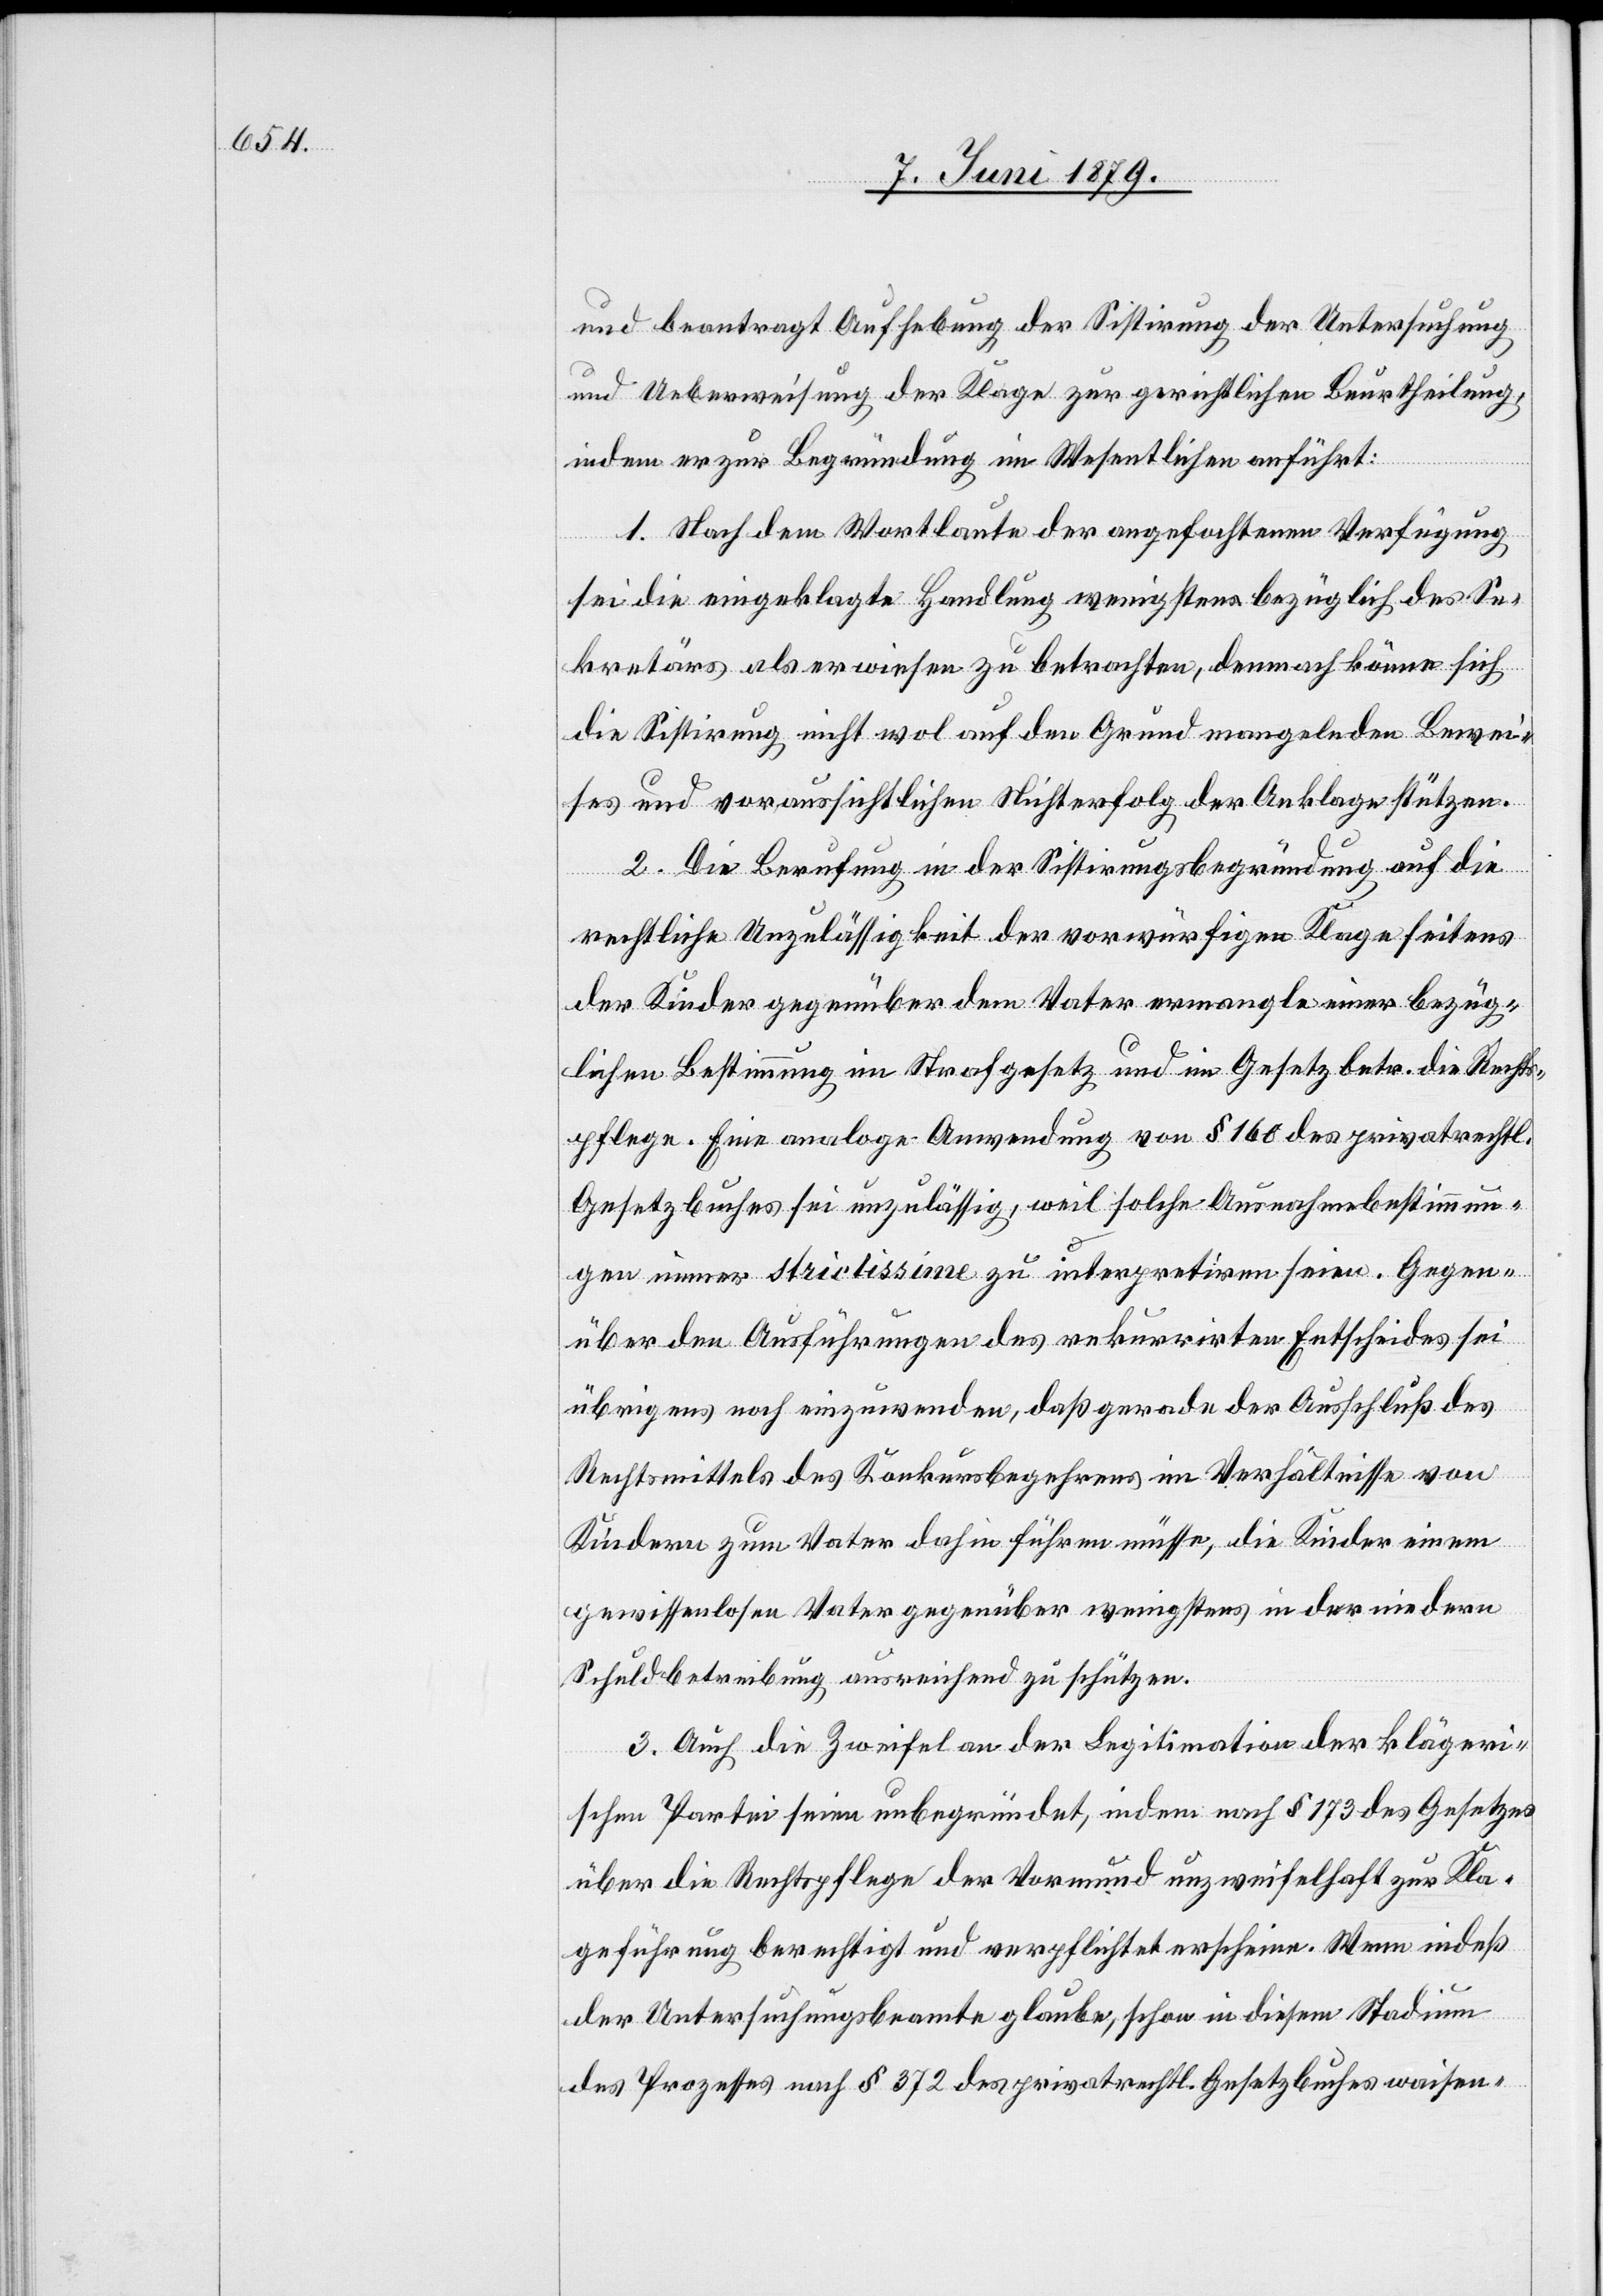
und beantragt Aufhebung der Sistirung der Untersuchung
und Ueberweisung der Klage zur gerichtlichen Beurtheilung,
indem er zur Begründung im Wesentlichen anführt:
1. Nach dem Wortlaute der angefochtenen Verfügung
sei die eingeklagte Handlung wenigstens bezüglich des Se¬
kretärs als erwiesen zu betrachten, demnach könne sich
die Sistirung nicht wol auf den Grund mangelnden Bewei¬
ses und voraussichtlichen Nichterfolg der Anklage stützen.
2. Die Berufung in der Sistirungsbegründung auf die
rechtliche Unzulässigkeit der vorwürfigen Klage seitens
der Kinder gegenüber dem Vater ermangle einer bezüg¬
lichen Bestimmung im Strafgesetz und im Gesetz betr. die Rechts¬
pflege. Eine analoge Anwendung von § 160 des privatrechtl.
Gesetzbuches sei unzulässig, weil solche Ausnahmebestimmun¬
gen immer strictissime zu interpretiren seien. Gegen¬
über den Ausführungen des rekurrirten Entscheides sei
übrigens noch einzuwenden, daß gerade der Ausschluß des
Rechtsmittels des Konkursbegehrens im Verhältnisse von
Kindern zum Vater dahin führen müsse, die Kinder einem
gewissenlosen Vater gegenüber wenigstens in der niedern
Schuldbetreibung ausreichend zu schützen.
3. Auch die Zweifel an der Legitimation der klägeri¬
schen Partei seien unbegründet, indem nach § 173 des Gesetzes
über die Rechtspflege der Vormund unzweifelhaft zur Kla¬
geführung berechtigt und verpflichtet erscheine. Wenn indeß
der Untersuchungsbeamte glaube, schon in diesem Stadium
des Prozesses nach § 372 des privatrechtl. Gesetzbuches waisen-